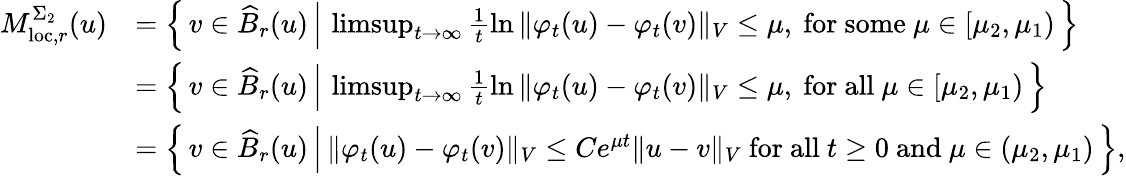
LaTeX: \begin{array}{rl}{M_{\mathrm{loc},r}^{\Sigma_{2}}(u)}&{=\left\{ \, v\in\widehat{B}_{r}(u)\, \Big\vert\, \operatorname*{limsup}_{t\to\infty}\frac{1}{t}\ln{\Vert\varphi_{t}(u)-\varphi_{t}(v)\Vert_{V}}\leq\mu,\mathrm{~for~some~}\mu\in[\mu_{2},\mu_{1})\, \right\} }\\ &{=\left\{ \, v\in\widehat{B}_{r}(u)\, \Big\vert\, \operatorname*{limsup}_{t\to\infty}\frac{1}{t}\ln{\Vert\varphi_{t}(u)-\varphi_{t}(v)\Vert_{V}}\leq\mu,\mathrm{~for~all~}\mu\in[\mu_{2},\mu_{1})\, \right\} }\\ &{=\left\{ \, v\in\widehat{B}_{r}(u)\, \Big\vert\, \Vert\varphi_{t}(u)-\varphi_{t}(v)\Vert_{V}\leq Ce^{\mu t}\Vert u-v\Vert_{V}\mathrm{~for~all~}t\geq 0\mathrm{~and~}\mu\in(\mu_{2},\mu_{1})\, \right\} ,}\end{array}